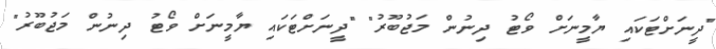
"ދީނަށްޓަކައި ޔާމީނަށް ވޯޓު ދިނުން މަޖުބޫރު" "ދީނަށްޓަކައި ޔާމީނަށް ވޯޓު ދިނުން މަޖުބޫރު"